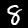
Label: 8